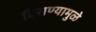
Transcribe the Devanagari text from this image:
दिसण्यामुळे